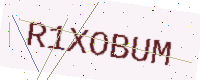
Text: R1XOBUM